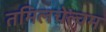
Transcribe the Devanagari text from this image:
तमिलचेल्वम